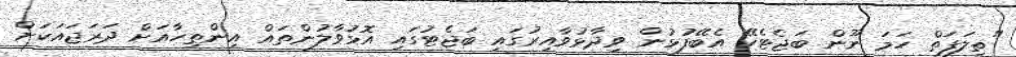
"ތިލަފަތް ހަމަ ނޫން ބަޖެޓެކޭ އެބޭފުޅުން ވިދާޅުވާއިރުގައި ބަޖެޓުގައި އޮޅުވާލުންތައް އިންތިހާއަށް ދަރަޖައަކަށް